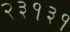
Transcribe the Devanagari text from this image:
२३१३१